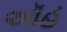
ઑહ